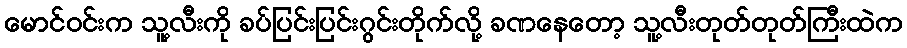
မောင်ဝင်းက သူ့လီးကို ခပ်ပြင်းပြင်းဂွင်းတိုက်လို့ ခဏနေတော့ သူ့လီးတုတ်တုတ်ကြီးထဲက